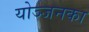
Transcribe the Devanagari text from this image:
योञ्जनका